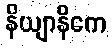
နိယျာနိကေ